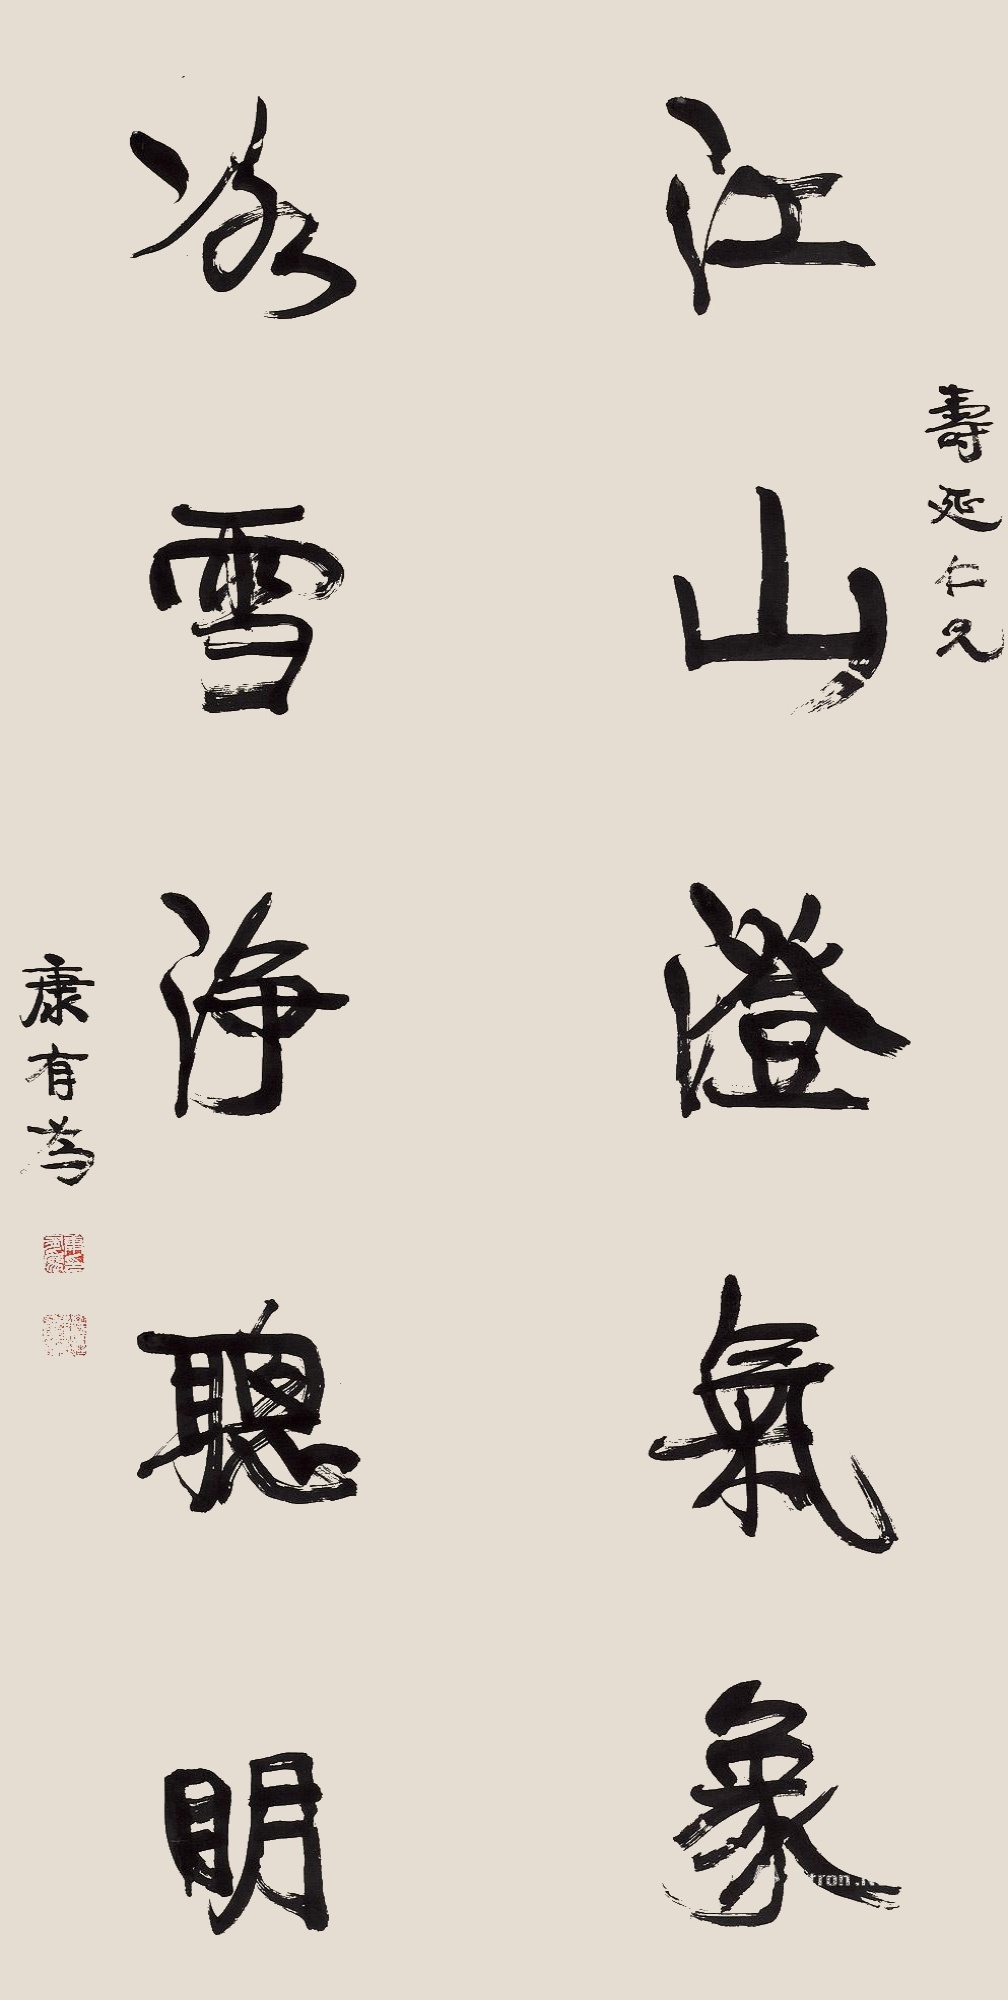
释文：江山澄气象，冰雪净聪明。寿延仁兄，康有为。